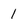
Character: 1